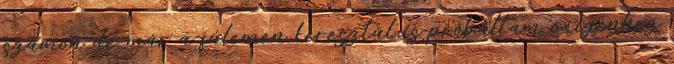
számon de már a fülemen keresztül is próbáltam oxigénhez